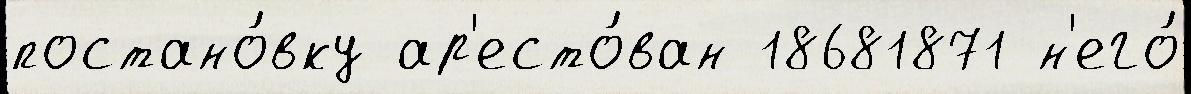
постано́вку ар'есто́ван 18681871 н'его́